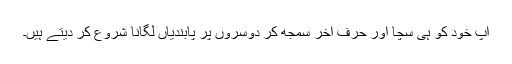
آپ خود کو ہی سچا اور حرفِ آخر سمجھ کر دوسروں پر پابندیاں لگانا شروع کر دیتے ہیں۔